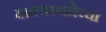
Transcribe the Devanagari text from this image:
वाक्यरचनेच्या